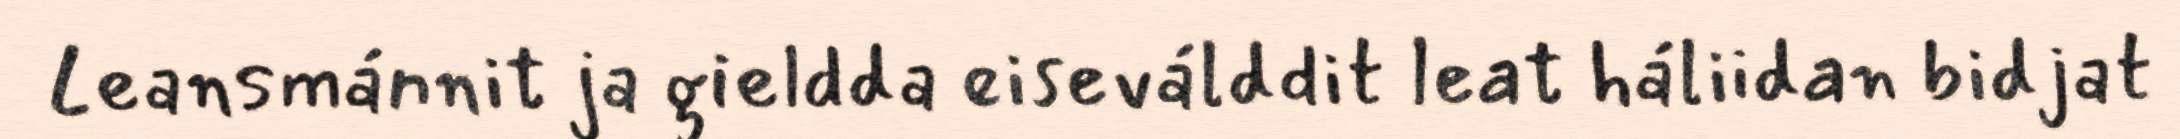
Leansmánnit ja gieldda eiseválddit leat háliidan bidjat